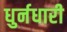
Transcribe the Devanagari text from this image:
धुर्नधारी